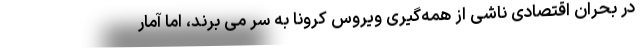
در بحران اقتصادی ناشی از همه‌گیری ویروس کرونا به سر می برند، اما آمار